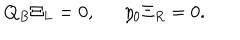
Q _ { B } \Xi _ { L } = 0 , \, \, \, \, \, \, \, \, \, \eta _ { 0 } \Xi _ { R } = 0 .